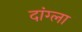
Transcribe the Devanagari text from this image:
दांग्ला